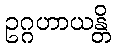
ဥဂ္ဂဟာယန္တိ